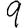
Digit: 9